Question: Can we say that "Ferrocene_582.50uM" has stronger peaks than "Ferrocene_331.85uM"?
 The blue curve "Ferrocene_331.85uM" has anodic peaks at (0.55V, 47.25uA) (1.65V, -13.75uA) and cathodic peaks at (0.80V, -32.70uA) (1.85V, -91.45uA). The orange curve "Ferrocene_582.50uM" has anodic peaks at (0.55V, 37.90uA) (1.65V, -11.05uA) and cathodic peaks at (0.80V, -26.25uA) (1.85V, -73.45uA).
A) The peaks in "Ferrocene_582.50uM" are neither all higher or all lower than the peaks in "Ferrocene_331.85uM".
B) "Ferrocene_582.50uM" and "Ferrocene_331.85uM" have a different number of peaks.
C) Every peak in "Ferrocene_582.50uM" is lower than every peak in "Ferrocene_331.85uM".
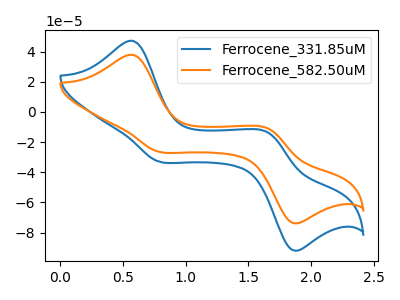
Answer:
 <answer>A) The peaks in "Ferrocene_582.50uM" are neither all higher or all lower than the peaks in "Ferrocene_331.85uM".</answer>
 <eval>A</eval>